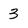
Character: 3